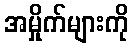
အမှိုက်များကို